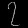
Digit: ၇